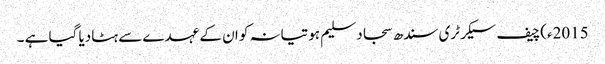
2015ء)چیف سیکرٹری سندھ سجاد سلیم ہوتیانہ کو ان کے عہدے سے ہٹادیا گیا ہے ۔